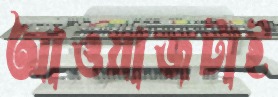
আওয়াজটাই